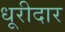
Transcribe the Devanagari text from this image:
धूरीदार